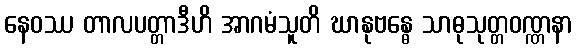
နေဝဿ တာလပတ္တာဒီဟိ အာဂမံသူတိ ဃာနုဗန္ဓေ သာဓုသုတ္တဝဏ္ဏနာ